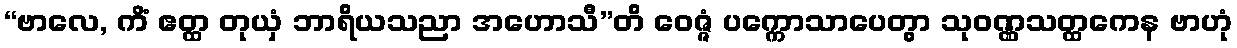
“ဗာလေ, ကိံ ဧတ္ထ တုယှံ ဘာရိယသညာ အဟောသီ”တိ ဝေဇ္ဇံ ပက္ကောသာပေတွာ သုဝဏ္ဏသတ္ထကေန ဗာဟုံ